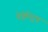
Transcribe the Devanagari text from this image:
नेत्रेन्द्रिय